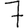
Digit: 7